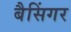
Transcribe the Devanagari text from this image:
बैसिंगर